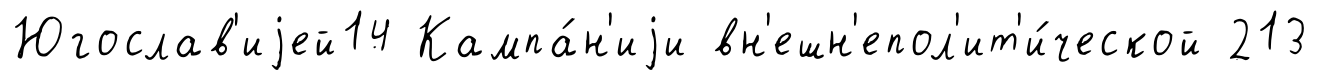
Югослав'иjей14 Кампа́н'иjи вн'ешн'епол'ит'и́ческой 213